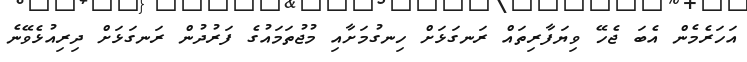
އަހަރެމެން އެބަ ޖެހޭ ވިޔަފާރިތައް ރަނގަޅަށް ހިނގުމަށާއި މުޖުތަމައުގެ ފަރުދުން ރަނގަޅަށް ދިރިއުޅެވޭނެ